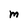
Character: M